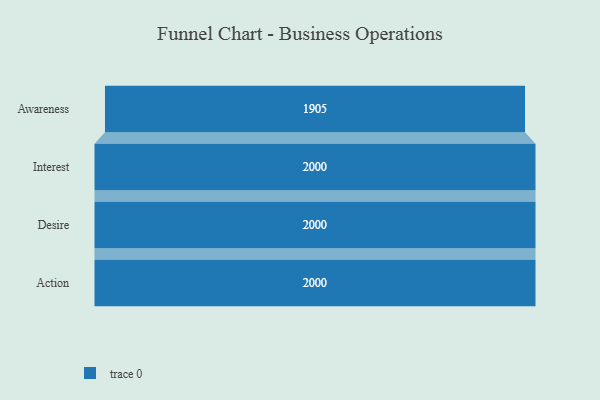
{"axis": {"x": "Stage", "y": "Value"}, "legend": [""], "data": [{"x": "Awareness", "y": 1905.0, "type": ""}, {"x": "Interest", "y": 2000, "type": ""}, {"x": "Desire", "y": 2000, "type": ""}, {"x": "Action", "y": 2000, "type": ""}]}